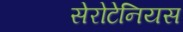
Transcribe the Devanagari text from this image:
सेरोटेनियस